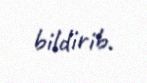
bildirib.